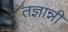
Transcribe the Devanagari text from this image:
तज्ञान्नी